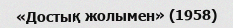
«Достық жолымен» (1958)